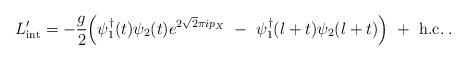
LaTeX: \begin{align*}L'_{\rm int} = -{g\over 2}\Bigl( \psi_1^\dagger(t) \psi_2(t) e^{2\sqrt{2}\pi i p_X}\ -\ \psi_1^\dagger(l+t) \psi_2(l+t) \Bigr)\ +\ {\rm h.c.} \>.\end{align*}